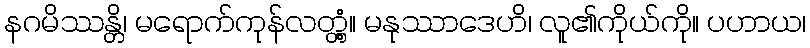
နဂမိဿန္တိ၊ မရောက်ကုန်လတ္တံ့။ မနုဿာဒေဟိ၊ လူ၏ကိုယ်ကို။ ပဟာယ၊